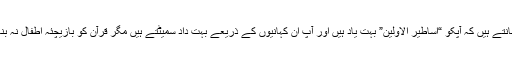
ہم جانتے ہیں کہ آپکو “اساطیر الاولین” بہت یاد ہیں اور آپ ان کہانیوں کے ذریعے بہت داد سمیٹتے ہیں مگر قرآن کو بازیچئہ اطفال نہ بنائیں۔